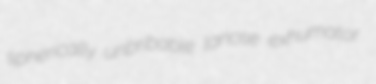
spherically unbribable lanose exhumator